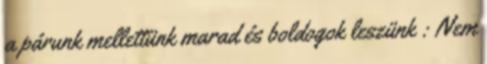
a párunk mellettünk marad és boldogok leszünk : Nem